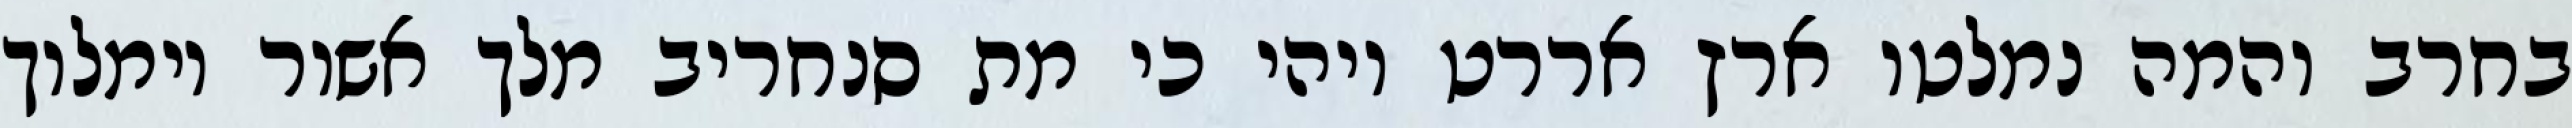
בחרב והמה נמלטו ארץ אררט ויהי כי מת סנחריב מלך אשור וימלוך